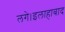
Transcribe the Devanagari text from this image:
लगे।इलाहाबाद